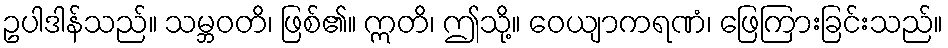
ဥပါဒါန်သည်။ သမ္ဘဝတိ၊ ဖြစ်၏။ ဣတိ၊ ဤသို့။ ဝေယျာကရဏံ၊ ဖြေကြားခြင်းသည်။